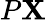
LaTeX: P\mathbf{X}